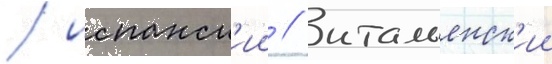
/ испанск'ии / итальянск'ии